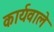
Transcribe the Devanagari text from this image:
कार्यवाले